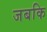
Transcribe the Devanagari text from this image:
जबकि